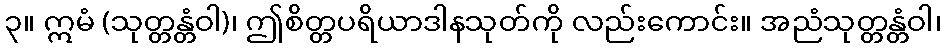
၃။ ဣမံ (သုတ္တန္တံဝါ)၊ ဤစိတ္တပရိယာဒါနသုတ်ကို လည်းကောင်း။ အညံသုတ္တန္တံဝါ၊